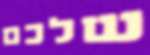
שלכם